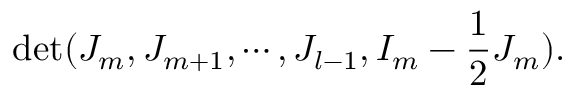
\operatorname * { d e t } ( J _ { m } , J _ { m + 1 } , \cdots , J _ { l - 1 } , I _ { m } - \frac { 1 } { 2 } J _ { m } ) .